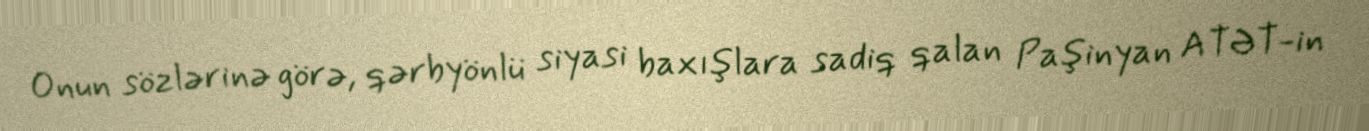
Onun sözlərinə görə, qərbyönlü siyasi baxışlara sadiq qalan Paşinyan ATƏT-in